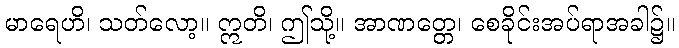
မာရေဟိ၊ သတ်လော့။ ဣတိ၊ ဤသို့။ အာဏတ္တေ၊ စေခိုင်းအပ်ရာအခါ၌။